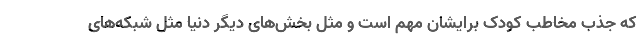
که جذب مخاطب کودک برایشان مهم است و مثل بخش‌های دیگر دنیا مثل شبکه‌های